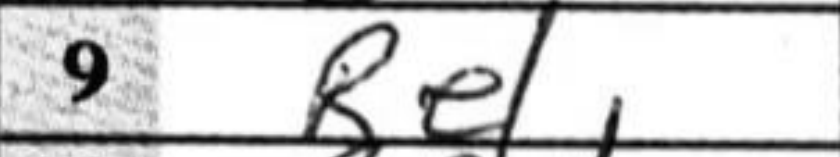
Transcription: Re1